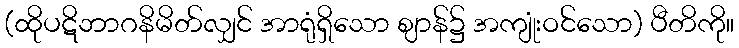
(ထိုပဋိဘာဂနိမိတ်လျှင် အာရုံရှိသော ဈာန်၌ အကျုံးဝင်သော) ပီတိကို။